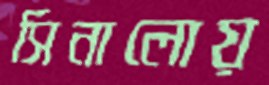
সিনালোয়